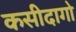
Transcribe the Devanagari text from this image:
कसीदागो